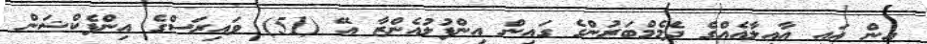
އިން އައި އާއިލާއެއްގެ ދެމެމްބަރުންގެ ގައިން އިންފުލުއެންޒާ އޭ (51) ވައިރަސްގެ އިންފެކްޝަން